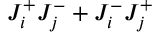
J _ { i } ^ { + } J _ { j } ^ { - } + J _ { i } ^ { - } J _ { j } ^ { + }